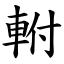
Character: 軵